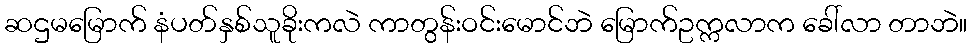
ဆဌမမြောက် နံပတ်နှစ်သူခိုးကလဲ ကာတွန်းဝင်းမောင်ဘဲ မြောက်ဥက္ကလာက ခေါ်လာ တာဘဲ။